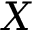
X